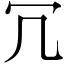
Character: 冗